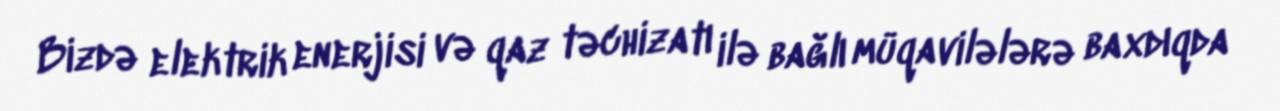
Bizdə elektrik enerjisi və qaz təchizatı ilə bağlı müqavilələrə baxdıqda